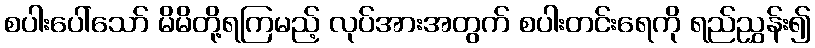
စပါးပေါ်သော် မိမိတို့ရကြမည့် လုပ်အားအတွက် စပါးတင်းရေကို ရည်ညွှန်း၍